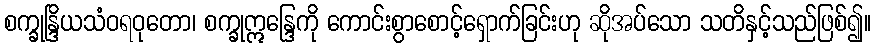
စက္ခုန္ဒြိယသံဝရဝုတော၊ စက္ခုဣန္ဒြေကို ကောင်းစွာစောင့်ရှောက်ခြင်းဟု ဆိုအပ်သော သတိနှင့်သည်ဖြစ်၍။